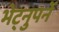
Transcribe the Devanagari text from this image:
भेट्नुपर्ने